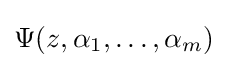
\Psi (z,\alpha _{1},\dots ,\alpha _{m})